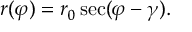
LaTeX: r ( \varphi ) = r _ { 0 } \sec ( \varphi - \gamma ) .